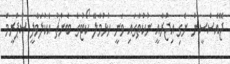
ޖޭއެސްސީން ނެގި އިޖުރާއީ ނުކުތާގައި ވަނީ ހުޅުމާލޭ ކޯޓުގެ ބެންޗު އެކުލަވާލީ ސުޕްރީމް